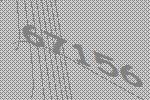
67156